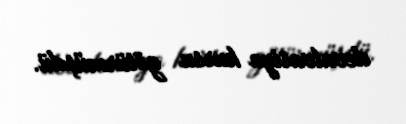
devalvasiya kursu götürmüşdü.